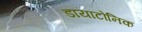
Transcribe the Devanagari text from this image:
डायाटोनिक